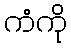
ကံကို